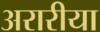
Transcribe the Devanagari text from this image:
अरारीया